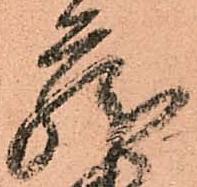
蔵